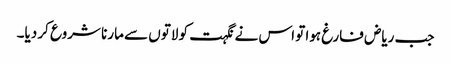
جب ریاض فارغ ہوا تو اس نے نگہت کو لاتوں سے مارنا شروع کر دیا۔